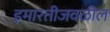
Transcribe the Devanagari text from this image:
इमारतीजवळील